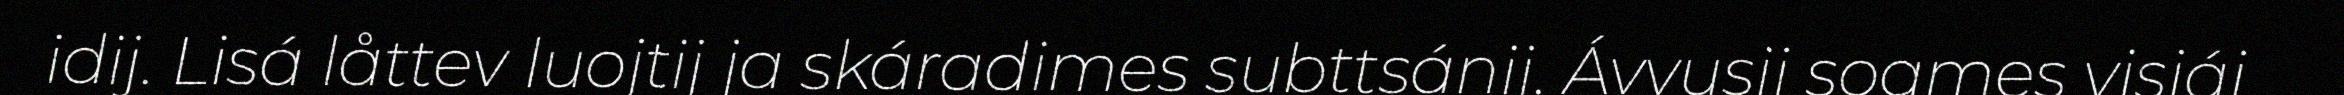
idij. Lisá låttev luojtij ja skáradimes subttsánij. Ávvusij soames visjáj